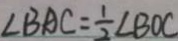
\angle B A C = \frac { 1 } { 2 } \angle B O C